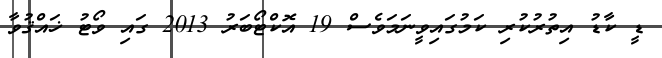
ޑީ ކާޑު އިތުރުކުރި ކަމުގައިވީނަމަވެސް 19 އޮކްޓޯބަރު 2013 ގައި ވޯޓު ޚައްޤުވާ